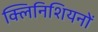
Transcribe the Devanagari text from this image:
क्लिनिशियनों